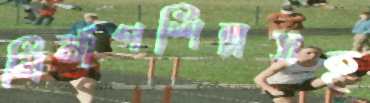
নির্মাণশিল্পসহ